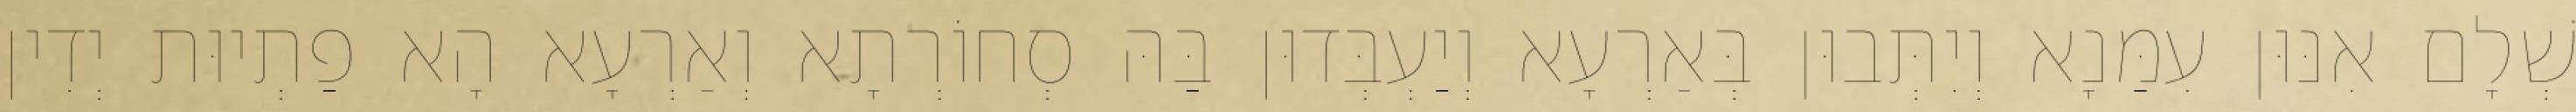
שְׁלָם אִנּוּן עִמַּנָא וְיִתְּבוּן בְּאַרְעָא וְיַעְבְּדוּן בַּהּ סְחוֹרְתָא וְאַרְעָא הָא פַתְיוּת יְדִין